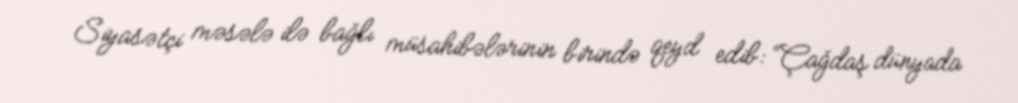
Siyasətçi məsələ ilə bağlı müsahibələrinin birində qeyd edib: “Çağdaş dünyada